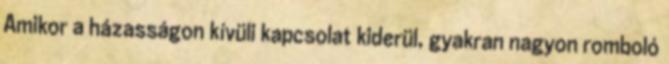
Amikor a házasságon kívüli kapcsolat kiderül, gyakran nagyon romboló